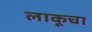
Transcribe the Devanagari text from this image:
लाकूचा